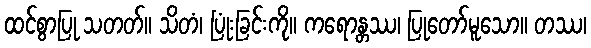
ထင်စွာပြု သတတ်။ သိတံ၊ ပြုံးခြင်းကို။ ကရောန္တဿ၊ ပြုတော်မူသော။ တဿ၊